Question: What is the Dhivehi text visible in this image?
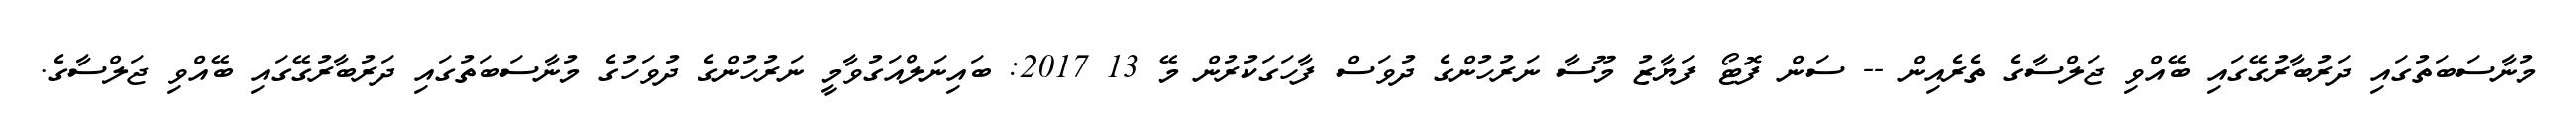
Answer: މުނާސަބަތުގައި ދަރުބާރުގޭގައި ބޭއްވި ޖަލްސާގެ ތެރެއިން -- ސަން ފޮޓޯ ފަޔާޒު މޫސާ ނަރުހުންގެ ދުވަސް ފާހަގަކުރުން މޭ 13 2017: ބައިނަލްއަގުވާމީ ނަރުހުންގެ ދުވަހުގެ މުނާސަބަތުގައި ދަރުބާރުގޭގައި ބޭއްވި ޖަލްސާގެ.